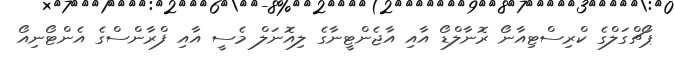
ޕޯޗްގަލްގެ ކްރިސްޓިއާނޯ ރޮނާލްޑޯ އާއި އާޖެންޓީނާގެ ލިއޮނަލް މެސީ އާއި ފްރާންސްގެ އެންޓޯނިއޯ